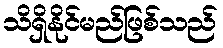
သိရှိနိုင်မည်ဖြစ်သည်